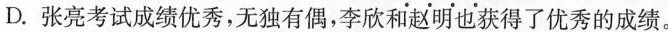
D.张亮考试成绩优秀，\underset{·}{无}\underset{·}{独}\underset{·}{有}\underset{·}{偶}，李欣和赵明也获得了优秀的成绩。